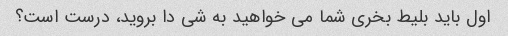
اول باید بلیط بخری شما می خواهید به شی دا بروید، درست است؟